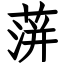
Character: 蓱